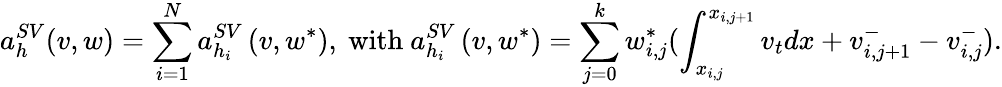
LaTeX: a_{h}^{SV}(v,w)=\sum_{i=1}^{N}a_{h_{i}}^{SV}\left(v,w^{*}\right),\ \mathrm{with}\ a_{h_{i}}^{SV}\left(v,w^{*}\right)=\sum_{j=0}^{k}w_{i,j}^{*}(\int_{x_{i,j}}^{x_{i,j+1}}v_{t}dx+v_{i,j+1}^{-}-v_{i,j}^{-}).